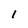
Character: 1